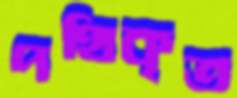
পথিকৃত